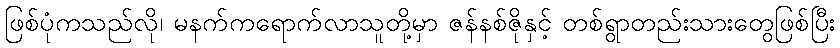
ဖြစ်ပုံကသည်လို၊ မနက်ကရောက်လာသူတို့မှာ ဇန်နစ်ဇိုနှင့် တစ်ရွာတည်းသားတွေဖြစ်ပြီး